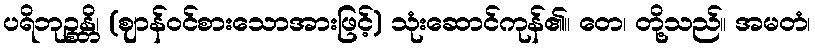
ပရိဘုဉ္စန္တိ၊ (ဈာန်ဝင်စားသောအားဖြင့်) သုံးဆောင်ကုန်၏။ တေ၊ တို့သည်။ အမတံ၊